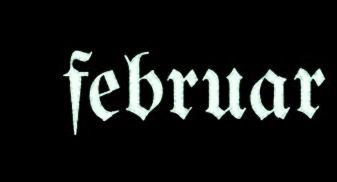
februar